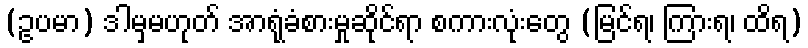
(ဥပမာ) ဒါမှမဟုတ် အာရုံခံစားမှုဆိုင်ရာ စကားလုံးတွေ (မြင်ရ၊ ကြားရ၊ ထိရ)